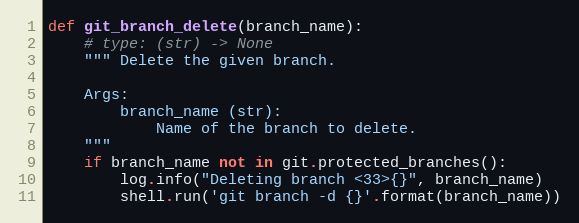
Language: Python
def git_branch_delete(branch_name):
    # type: (str) -> None
    """ Delete the given branch.

    Args:
        branch_name (str):
            Name of the branch to delete.
    """
    if branch_name not in git.protected_branches():
        log.info("Deleting branch <33>{}", branch_name)
        shell.run('git branch -d {}'.format(branch_name))